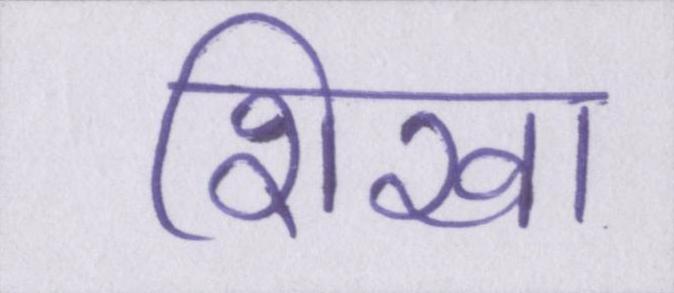
शिखा